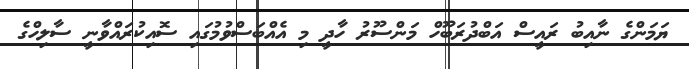
ޔަމަންގެ ނާއިބު ރައީސް އަބްދުރަބޫހް މަންސޫރު ހާދީ މި އެއްބަސްވުމުގައި ސޮއިކުރައްވާނީ ސާލިހްގެ